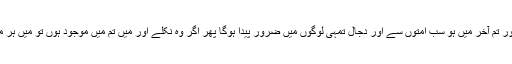
اور میں تمام انبیاء کے آخر میں ہوں اور تم آخر میں ہو سب امتوں سے اور دجال تمہی لوگوں میں ضرور پیدا ہوگا پھر اگر وہ نکلے اور میں تم میں موجود ہوں تو میں ہر مسلمان کی طرف سے حجت کروں گا۔